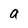
Character: a